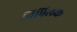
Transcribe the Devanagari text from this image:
पिपिलक